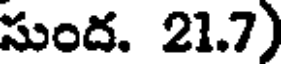
సుంద. 21.7)